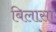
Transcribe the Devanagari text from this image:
बिलासा